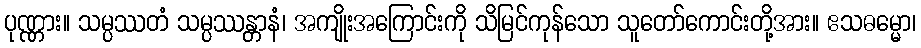
ပုဏ္ဏား။ သမ္ပဿတံ သမ္ပဿန္တာနံ၊ အကျိုးအကြောင်းကို သိမြင်ကုန်သော သူတော်ကောင်းတို့အား။ ဧသဓမ္မော၊